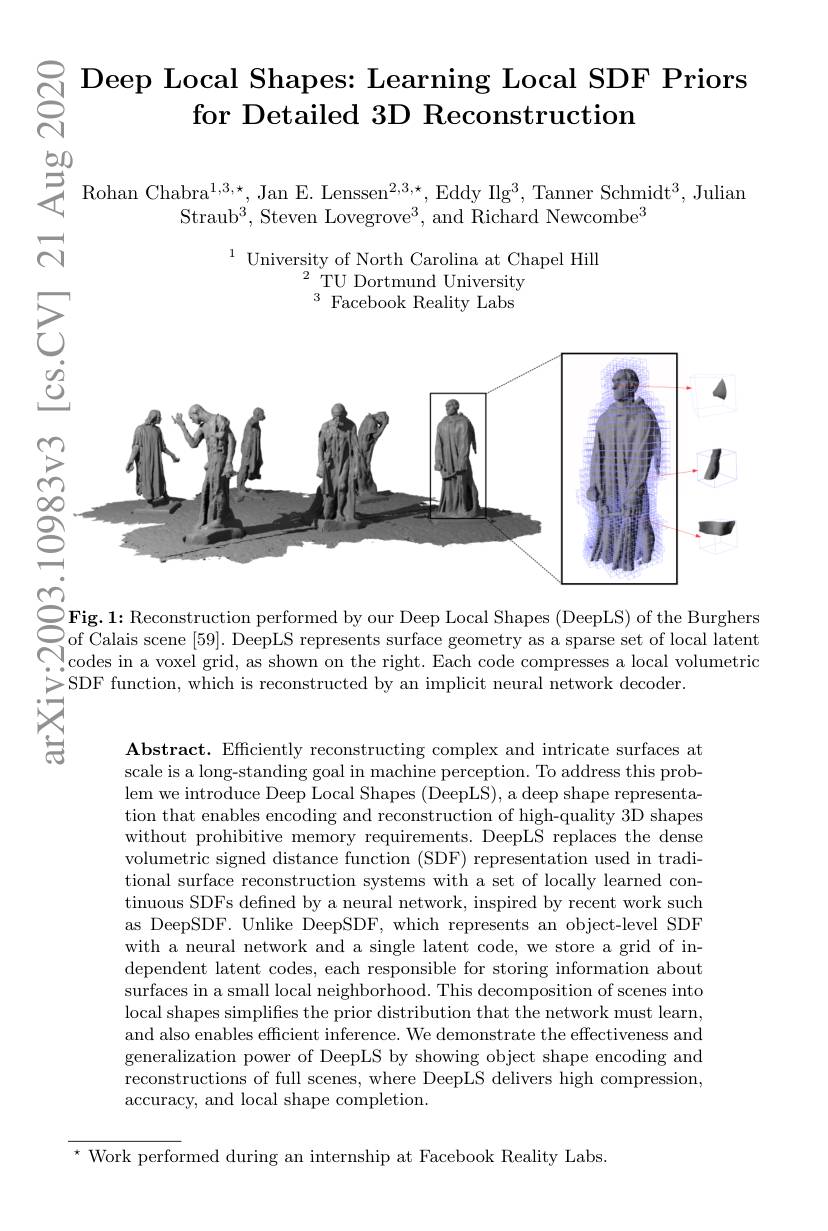
$\begin{array}{c}{\overset{\circ}{\operatorname*{\operatorname*{\operatorname*{\underset{\overbrace{\Complex}}}}}}\text{Deep Local Shapes: Learning Local SDF Priors}}\\{\overset{\circ}{\operatorname*{\operatorname*{\underset{\frown}}}}}\\{\overset{\circ}{\operatorname*{\operatorname*{\underset{\frown}}}}}\end{array}$

bOD

$\sum_{\begin{array}{c}\text{Rohan Chabra}^{1,3,\star},\text{Jan E. Lenssen}^{2,3,\star},\text{Eddy Ilg}^{3},\text{Tanner Schmidt}^{3},\text{Julian}\\\text{Straub}^{3},\text{Steven Lovegrove}^{3},\text{and Richard Newcombe}^{3}\end{array}}$

$ਨ$

$^{1}\underset{2}{\operatorname*{\text{University of North Carolina at Chapel Hill}}}$
$^{2}$TU Dortmund University $^3$ Facebook Reality Labs

<FigureHere>

CFig. 1: Reconstruction performed by our Deep Local Shapes ( DeepLS) of the Burghers of Calais scene [ 59] . DeepLS represents surface geometry as a sparse set of local latent OI Calais scene [ 99] . DeepLs 1epresents sulace geonrety as a sparse set or ioca latent Codes in a voxel grid, as shown on the right. Each code compresses a local volumetric CDF f $\sum$SDF function, which is reconstructed by an implicit neural network decoder.

$答$

Abstract. Efficiently reconstructing complex and intricate surfaces at scale is a long-standing goal in machine perception. To address this problem we introduce Deep Local Shapes (DeepLS), a deep shape representation that enables encoding and reconstruction of high-quality 3D shapes without prohibitive memory requirements. DeepLS replaces the dense volumetric signed distance function (SDF) representation used in traditional surface reconstruction systems with a set of locally learned continuous SDFs defined by a neural network, inspired by recent work such as DeepSDF. Unlike DeepSDF, which represents an object-level SDF with a neural network and a single latent code, we store a grid of independent latent codes, each responsible for storing information about surfaces in a small local neighborhood. This decomposition of scenes into local shapes simplifies the prior distribution that the network must learn, and also enables efficient inference. We demonstrate the effectiveness and generalization power of DeepLS by showing object shape encoding and reconstructions of full scenes, where DeepLS delivers high compression, accuracy, and local shape completion.

$^{\star}$ Work performed during an internship at Facebook Reality Labs.